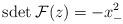
LaTeX: \begin{align*}\mbox{sdet}\:{\cal F}(z)=-x_{-}^{2}\end{align*}